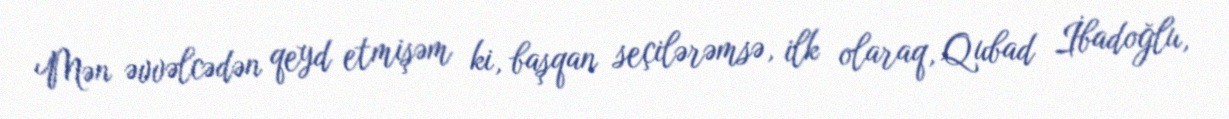
Mən əvvəlcədən qeyd etmişəm ki, başqan seçilərəmsə, ilk olaraq, Qubad İbadoğlu,